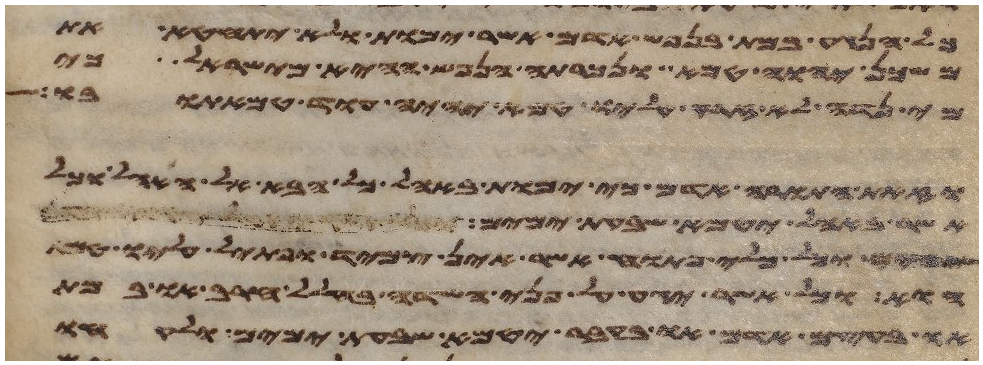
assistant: כל הנגע במת בנפש אדם אשר ימות ולא יתחטא את
משכן יהוה טמא ונכרתה הנפש ההיא מישראל כי
מי נדה לא זרק עליו טמא יהיה עוד טמאתו בו
וזאת התורה אדם כי ימות באהל כל הבא אל האהל וכל
אשר באהל יטמא שבעת ימים וכל כלי
וכל כלי פתוח אשר אין צמיד ופתיל עליו טמא
הוא וכל אשר יגע על פני השדה בחלל חרב או במת
או בעצם אדם או בקבר יטמא שבעת ימים ולקחו